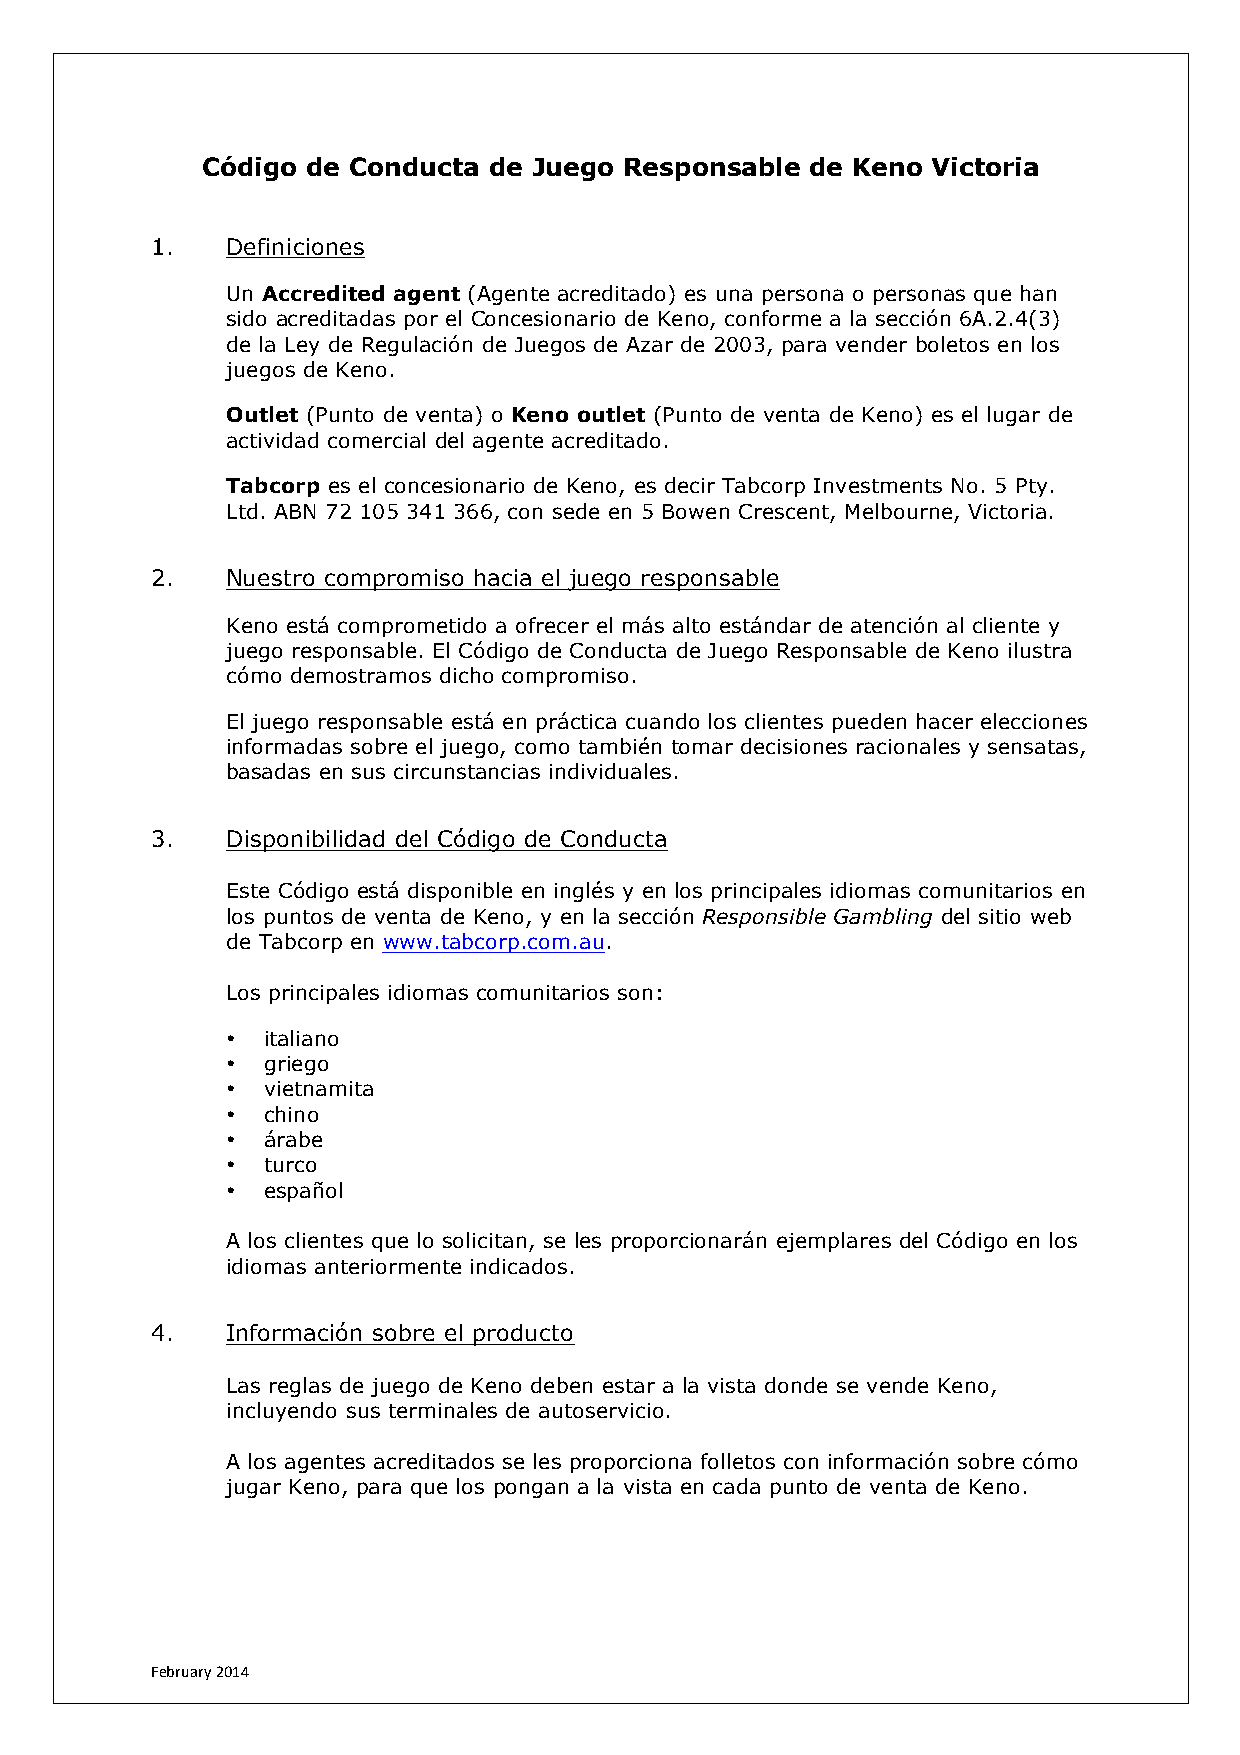
Código de Conducta de Juego Responsable  de Keno Victoria
 1.   Definiciones
 Un Accredited agent (Agente acreditado) es una persona o personas que han
 sido acreditadas por el Concesionario de Keno, conforme a la sección 6A.2.4(3)
 de la Ley de Regulación de Juegos de Azar de 2003, para vender boletos en los
 juegos de Keno.
 Outlet (Punto de venta) o Keno outlet (Punto de venta de Keno) es el lugar de
 actividad comercial del agente acreditado.
 Tabcorp es el concesionario de Keno, es decir Tabcorp Investments No. 5 Pty.
 Ltd. ABN 72 105 341 366, con sede en 5 Bowen Crescent, Melbourne, Victoria.
 2.   Nuestro compromiso hacia el juego responsable
 Keno está comprometido a ofrecer el más alto estándar de atención al cliente y
 juego responsable. El Código de Conducta de Juego Responsable de Keno ilustra
 cómo demostramos dicho compromiso.
 El juego responsable está en práctica cuando los clientes pueden hacer elecciones
 informadas sobre el juego, como también tomar decisiones racionales y sensatas,
 basadas en sus circunstancias individuales.
 3.   Disponibilidad del Código de Conducta
 Este Código está disponible en inglés y en los principales idiomas comunitarios en
 los puntos de venta de Keno, y en la sección Responsible Gambling del sitio web
 de Tabcorp en www.tabcorp.com.au.
 Los principales idiomas comunitarios son:
 • italiano
 • griego
 • vietnamita
 • chino
 • árabe
 • turco
 • español
 A los clientes que lo solicitan, se les proporcionarán ejemplares del Código en los
 idiomas anteriormente indicados.
 4.   Información sobre el producto
 Las reglas de juego de Keno deben estar a la vista donde se vende Keno,
 incluyendo sus terminales de autoservicio.
 A los agentes acreditados se les proporciona folletos con información sobre cómo
 jugar Keno, para que los pongan a la vista en cada punto de venta de Keno.
 February 2014